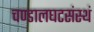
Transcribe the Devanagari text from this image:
चण्डालघटसंस्थं